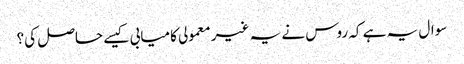
سوال یہ ہے کہ روس نے یہ غیر معمولی کامیابی کیسے حاصل کی؟